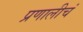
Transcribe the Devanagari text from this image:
प्रणालीचं